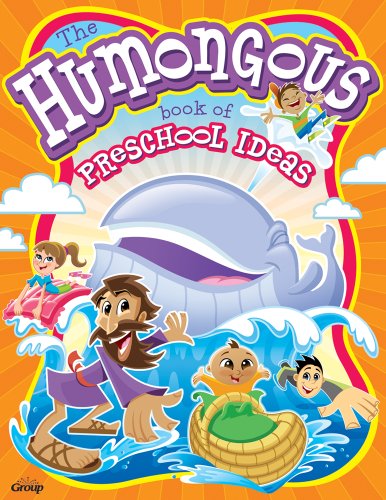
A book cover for The Humongous Book of Preschool Ideas for Children's Ministry; Group Publishing; Christian Books & Bibles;